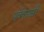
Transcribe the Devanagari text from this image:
पूर्वकाळी